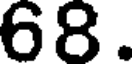
68.